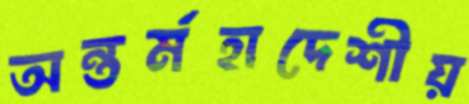
অন্তর্মহাদেশীয়